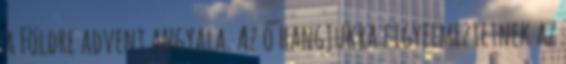
a Földre advent angyala. Az ő hangjukra figyelmeztetnek az